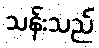
သန်းသည်